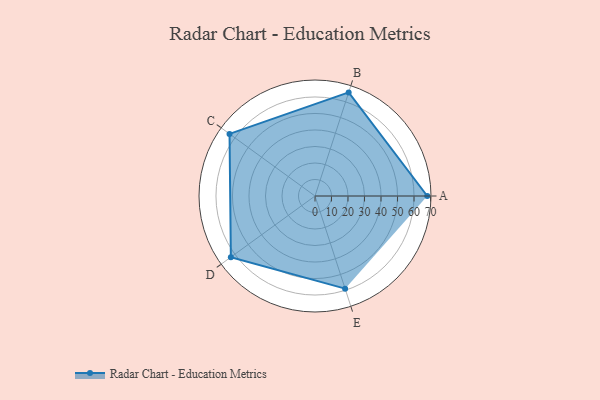
{"axis": {"x": "Skill", "y": "Score"}, "legend": ["Profile"], "data": [{"x": "A", "y": 68.0, "type": "Profile"}, {"x": "B", "y": 66.0, "type": "Profile"}, {"x": "C", "y": 64.0, "type": "Profile"}, {"x": "D", "y": 63.0, "type": "Profile"}, {"x": "E", "y": 59.0, "type": "Profile"}]}